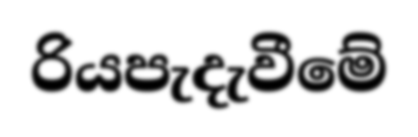
රියපැදැවීමේ